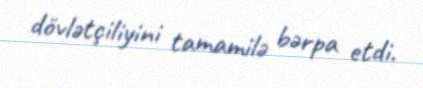
dövlətçiliyini tamamilə bərpa etdi.